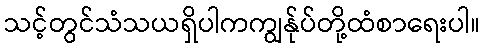
သင့်တွင်သံသယရှိပါကကျွန်ုပ်တို့ထံစာရေးပါ။